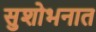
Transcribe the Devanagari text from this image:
सुशोभनात